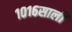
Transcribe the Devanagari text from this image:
१०१६साली